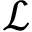
\mathcal { L }